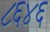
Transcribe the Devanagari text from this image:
८६४६